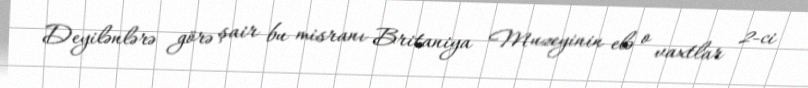
Deyilənlərə görə şair bu misranı Britaniya Muzeyinin elə o vaxtlar 2-ci